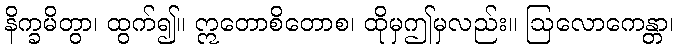
နိက္ခမိတွာ၊ ထွက်၍။ ဣတောစိတောစ၊ ထိုမှဤမှလည်း။ ဩလောကေန္တာ၊